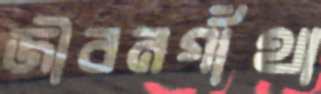
জীবনগাঁথা